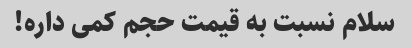
سلام نسبت به قیمت حجم کمی داره!